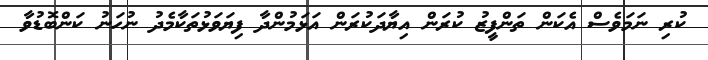
ކުރި ނަމަވެސް އެކަން ތަންފީޒު ކުރަން އިޔާދަކުރަން އަޅަމުންދާ ފިޔަވަޅުތަކާމެދު ނުހަނު ކަންބޮޑުވާ